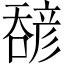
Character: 𫫹